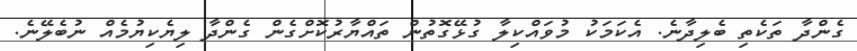
ގެންދާ ތަކެތި ބެލިދާނެ. އެކަމަކު މުވައްކިލާ ގުޅޭގޮތުން ތައްޔާރުކޮށްގެން ގެންދާ ލިޔެކިޔުމެއް ނުބެލޭނެ.